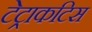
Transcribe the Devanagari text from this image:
टेट्राकटिस